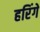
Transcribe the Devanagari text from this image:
हरिंगे